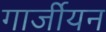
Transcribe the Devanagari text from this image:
गार्जीयन